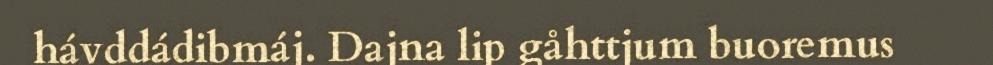
hávddádibmáj. Dajna lip gåhttjum buoremus